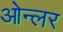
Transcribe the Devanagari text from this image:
ओन्लर